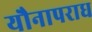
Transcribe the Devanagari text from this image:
यौनापराध